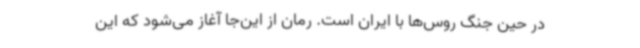
در حین جنگ روس‌ها با ایران است. رمان از این‌جا آغاز می‌شود که این